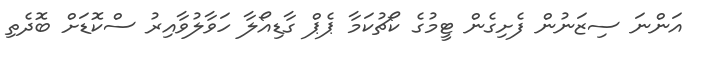
އަންނަ ސިޒަނުން ފެށިގެން ޓީމުގެ ކޯޗުކަމާ ޕެޕް ގާޑިއޯލާ ހަވާލުވާއިރު ސްކޮޑަށް ބޮދެތި